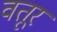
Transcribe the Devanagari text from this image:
वतूर